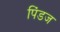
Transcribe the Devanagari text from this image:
पिंडज